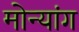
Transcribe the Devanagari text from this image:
मोन्यांग